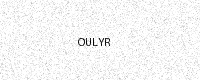
Text: OULYR